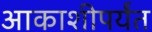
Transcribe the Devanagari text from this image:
आकाशीपर्यंत